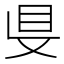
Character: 𥄁